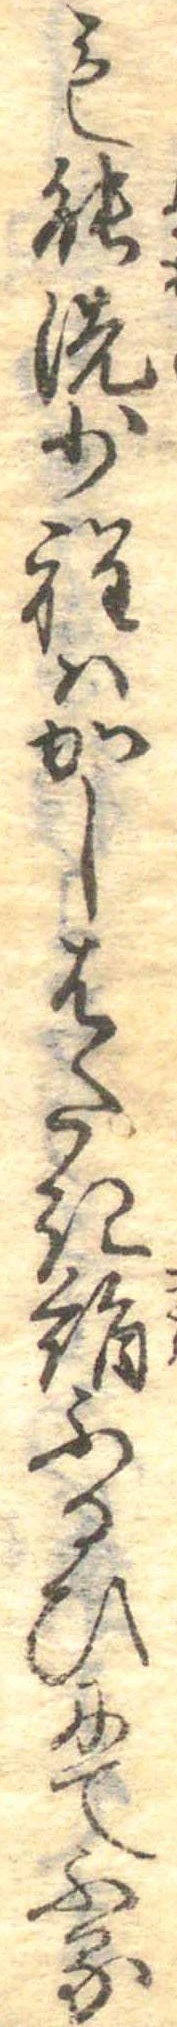
も能洗少程はかしはたき絹ふるひにてふる